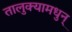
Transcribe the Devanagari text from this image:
तालुक्यामधुन्